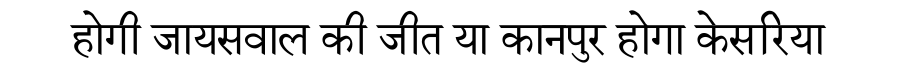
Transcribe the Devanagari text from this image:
होगी जायसवाल की जीत या कानपुर होगा केसरिया